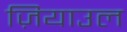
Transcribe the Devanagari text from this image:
ज़ियाउल